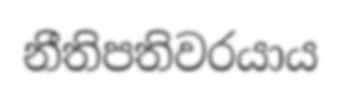
නීතිපතිවරයාය